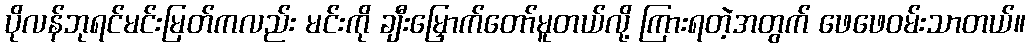
ပိုလန်ဘုရင်မင်းမြတ်ကလည်း မင်းကို ချီးမြှောက်တော်မူတယ်လို့ ကြားရတဲ့အတွက် ဖေဖေဝမ်းသာတယ်။